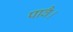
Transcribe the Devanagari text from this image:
पावै।